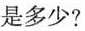
是多少？